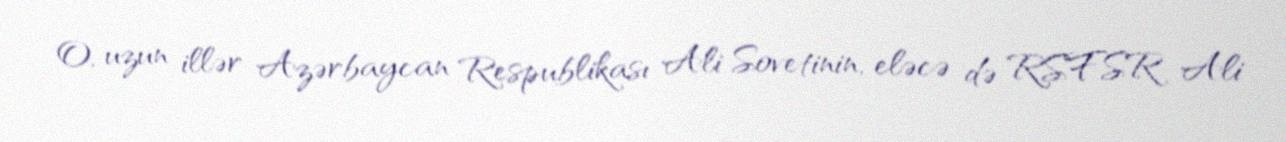
O, uzun illər Azərbaycan Respublikası Ali Sovetinin, eləcə də RSFSR Ali